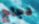
دجاج